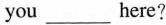
you___here?